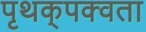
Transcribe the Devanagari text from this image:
पृथक्‌पक्वता